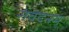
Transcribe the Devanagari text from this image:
संवेदनम्‌